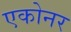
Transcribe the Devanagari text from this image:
एकोनर